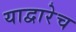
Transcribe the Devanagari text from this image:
याद्वारेच